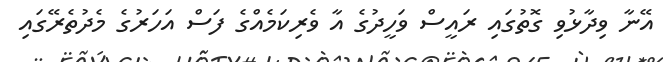
އޭނާ ވިދާޅުވި ގޮތުގައި ރައީސް ވަހީދުގެ އާ ވެރިކަމެއްގެ ފަސް އަހަރުގެ މެދުތެރޭގައި